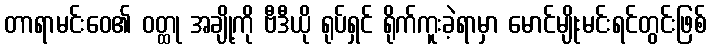
တာရာမင်းဝေ၏ ဝတ္ထု အချို့ကို ဗီဒီယို ရုပ်ရှင် ရိုက်ကူးခဲ့ရာမှာ မောင်မျိုးမင်းရင်တွင်းဖြစ်